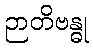
ဉာတိဗန္ဓု